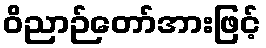
ဝိညာဉ်တော်အားဖြင့်